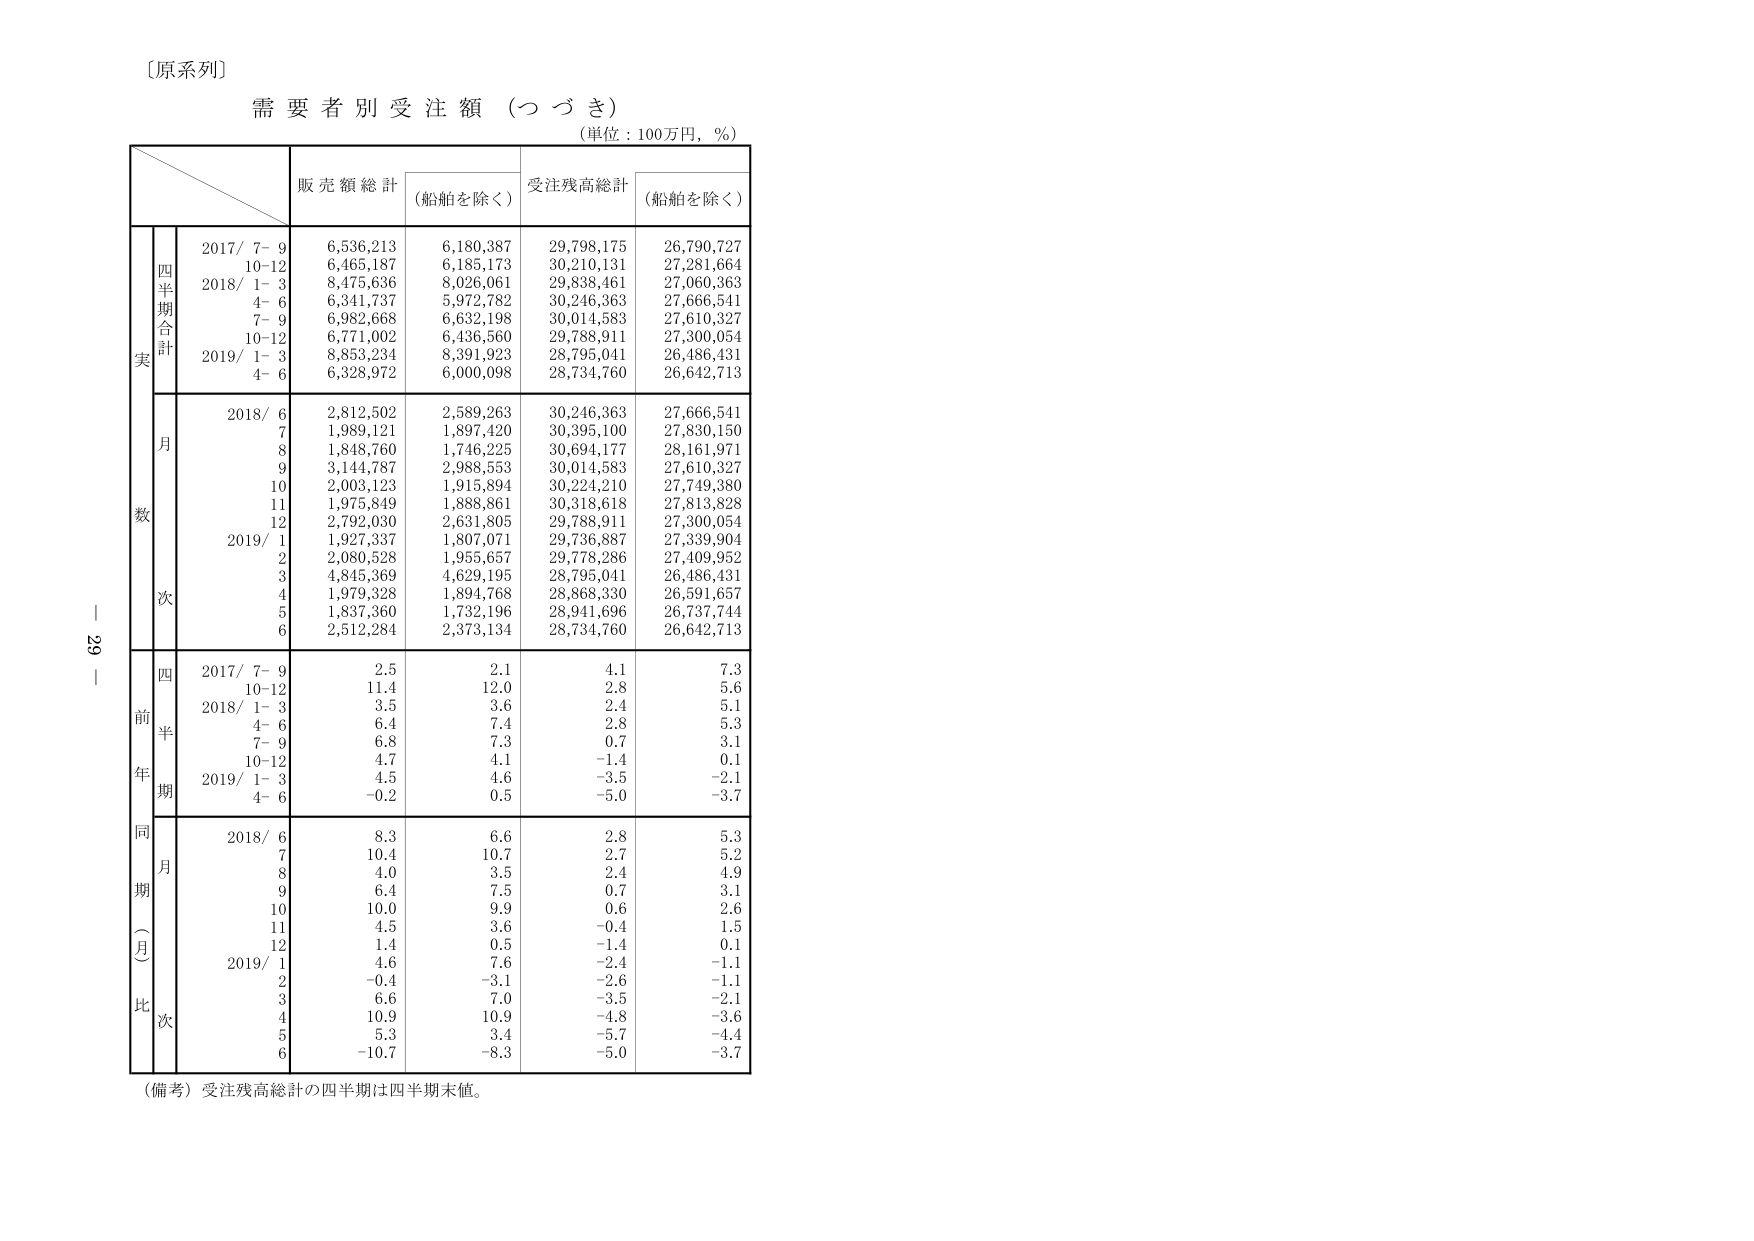
〔原系列〕
需要者別受注額（つづき）
（単位：100万円，％）

販売額総計　（船舶を除く）　受注残高総計　（船舶を除く）

四半期合計
実
2017/ 7- 9　6,536,213　6,180,387　29,798,175　26,790,727
　　　10-12　6,465,187　6,185,173　30,210,131　27,281,664
2018/ 1- 3　8,475,636　8,026,061　29,838,461　27,060,363
　　　4- 6　6,341,737　5,972,782　30,246,363　27,666,541
　　　7- 9　6,982,668　6,632,198　30,014,583　27,610,327
　　　10-12　6,771,002　6,436,560　29,788,911　27,300,054
2019/ 1- 3　8,853,234　8,391,923　28,795,041　26,486,431
　　　4- 6　6,328,972　6,000,098　28,734,760　26,642,713

月
数
2018/ 6　2,812,502　2,589,263　30,246,363　27,666,541
　　　7　1,989,121　1,897,420　30,395,100　27,830,150
　　　8　1,848,760　1,746,225　30,694,177　28,161,971
　　　9　3,144,787　2,988,553　30,014,583　27,610,327
　　　10　2,003,123　1,915,894　30,224,210　27,749,380
　　　11　1,975,849　1,888,861　30,318,618　27,813,828
　　　12　2,792,030　2,631,805　29,788,911　27,300,054
2019/ 1　1,927,337　1,807,071　29,736,887　27,339,904
　　　2　2,080,528　1,955,657　29,778,286　27,409,952
　　　3　4,845,369　4,629,195　28,795,041　26,486,431
　　　4　1,979,328　1,894,768　28,868,330　26,591,657
　　　5　1,837,360　1,732,196　28,941,696　26,737,744
　　　6　2,512,284　2,373,134　28,734,760　26,642,713

次

四
前
半
年
期
2017/ 7- 9　2.5　2.1　4.1　7.3
　　　10-12　11.4　12.0　2.8　5.6
2018/ 1- 3　3.5　3.6　2.4　5.1
　　　4- 6　6.4　7.4　2.8　5.3
　　　7- 9　6.8　7.3　0.7　3.1
　　　10-12　4.7　4.1　-1.4　0.1
2019/ 1- 3　4.5　4.6　-3.5　-2.1
　　　4- 6　-0.2　0.5　-5.0　-3.7

同
月
期
（月
比
次
2018/ 6　8.3　6.6　2.8　5.3
　　　7　10.4　10.7　2.7　5.2
　　　8　4.0　3.5　2.4　4.9
　　　9　6.4　7.5　0.7　3.1
　　　10　10.0　9.9　0.6　2.6
　　　11　4.5　3.6　-0.4　1.5
　　　12　1.4　0.5　-1.4　0.1
2019/ 1　4.6　7.6　-2.4　-1.1
　　　2　-0.4　-3.1　-2.6　-1.1
　　　3　6.6　7.0　-3.5　-2.1
　　　4　10.9　10.9　-4.8　-3.6
　　　5　5.3　3.4　-5.7　-4.4
　　　6　-10.7　-8.3　-5.0　-3.7

（備考）受注残高総計の四半期は四半期末値。

－ 29 －